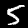
Digit: 5